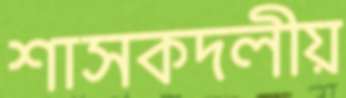
শাসকদলীয়